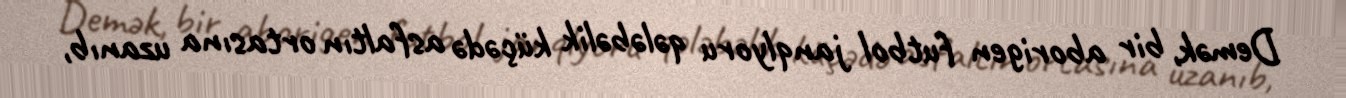
Demək, bir aborigen futbol janqlyoru qələbəlik küçədə asfaltın ortasına uzanıb,